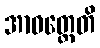
အာဝတ္တေတိ